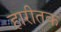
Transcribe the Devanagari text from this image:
हारीतक